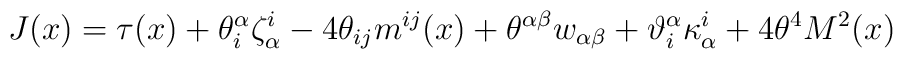
J(x) = \tau(x) + \theta^\alpha_i \zeta_\alpha^i - 4 \theta_{ij} m^{ij}(x) + \theta^{\alpha \beta} w_{\alpha \beta} + \vartheta^\alpha_i \kappa_\alpha^i + 4 \theta^4 M^2(x)